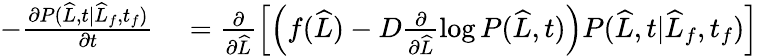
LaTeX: \begin{array}{rl}{-\frac{\partial P(\widehat{L},t|\widehat{L}_{f},t_{f})}{\partial t}}&{{}=\frac{\partial}{\partial\widehat{L}}\left[\left(f(\widehat{L})-D\frac{\partial}{\partial\widehat{L}}\log P(\widehat{L},t)\right)P(\widehat{L},t|\widehat{L}_{f},t_{f})\right]}\end{array}